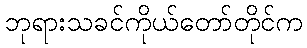
ဘုရားသခင်ကိုယ်တော်တိုင်က